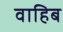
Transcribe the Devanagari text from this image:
वाहिब